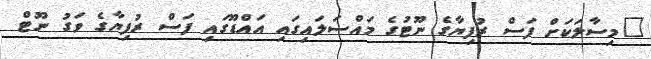
"މިސާލަކަށް ފަސް ރުފިޔާގެ ނޫޓުގެ މައްސަލައިގައި އައްޑޫގައި ފަސް ރުފިޔާގެ ވަގު ނޫޓް